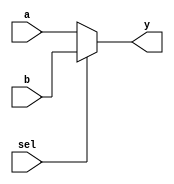
module multiplexer (
    input wire sel,      // Select input
    input wire a,       // First data input
    input wire b,       // Second data input
    output reg y        // Output
);

// Combinational logic implementation using continuous assignment in an always block
always @(*) begin
    // The output y will be assigned based on the value of sel
    if (sel) begin
        y = b;          // If sel is 1, output b
    end else begin
        y = a;          // If sel is 0, output a
    end
end

endmodule